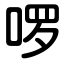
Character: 啰